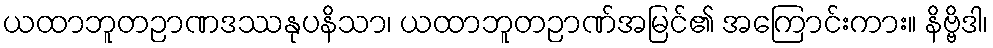
ယထာဘူတဉာဏဒဿနုပနိသာ၊ ယထာဘူတဉာဏ်အမြင်၏ အကြောင်းကား။ နိဗ္ဗိဒါ၊